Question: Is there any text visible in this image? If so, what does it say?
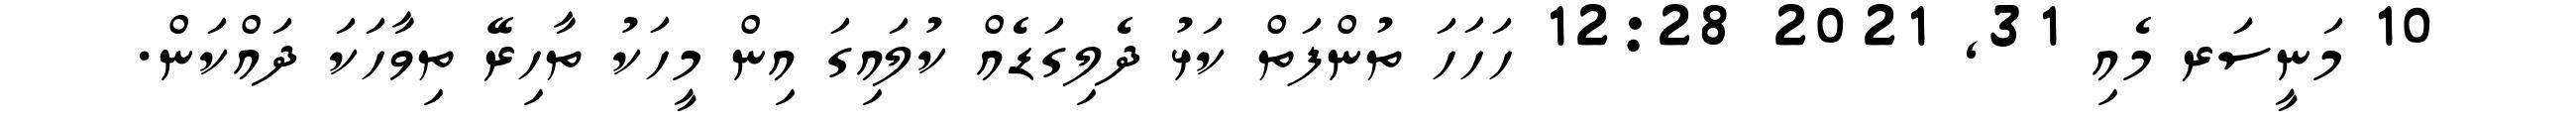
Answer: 10 މަނީސަަރ މެއި 31, 2021 12:28 ހަހަހަ ތުންފަތް ކަޅު ދެލިގަޑެއް ކުލައިގަ އިން މީހަކު ތާހިރޭ ތިވާހަކަ ދައްކަން.